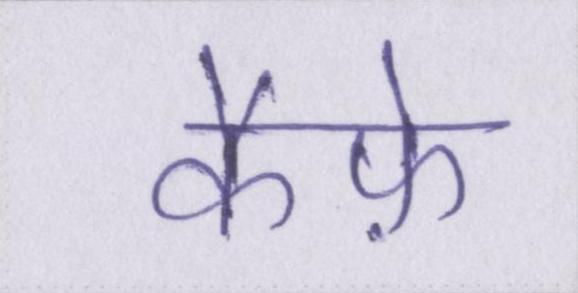
कैफ़े